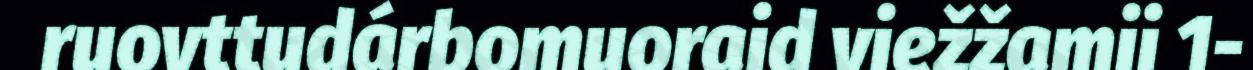
ruovttudárbomuoraid viežžamii 1-